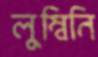
লুম্বিনি